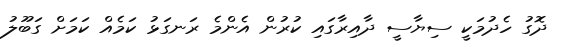
ދޮގު ހެދުމަކީ ސިޔާސީ ދާއިރާގައި ކުރުން އެންމެ ރަނގަޅު ކަމެއް ކަމަށް ގަބޫލު